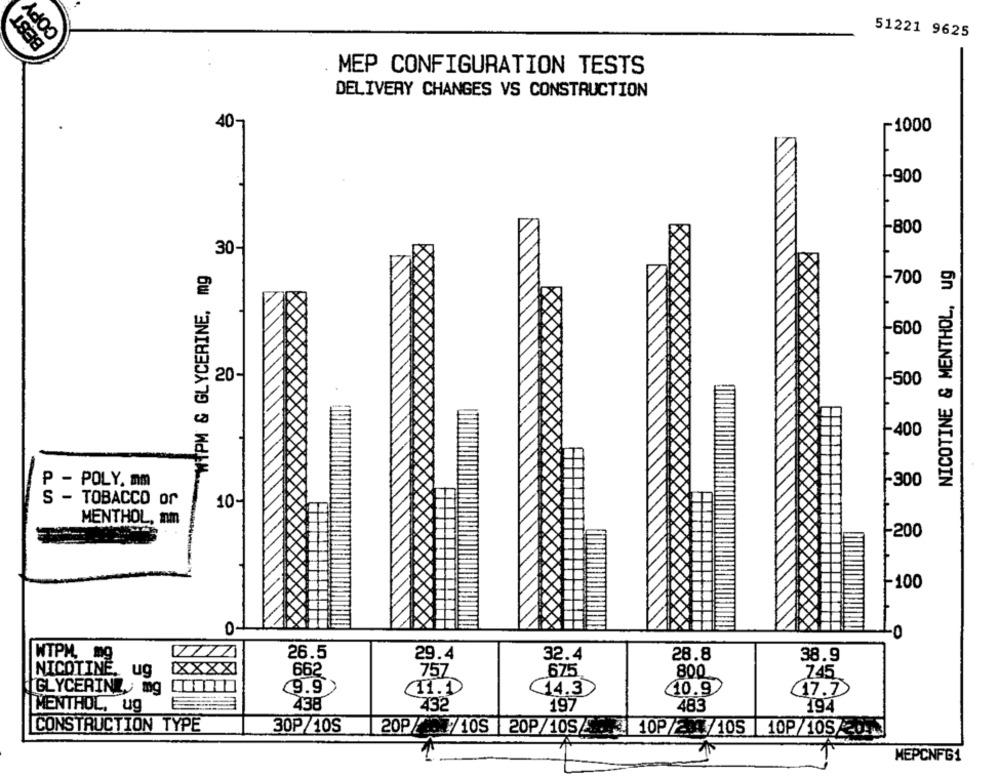
COPY
BEST
51221 9625
MEP CONFIGURATION TESTS
DELIVERY CHANGES VS CONSTRUCTION
40-
-1000
-900
-800
30-
"WIPM & GLYCERINE, mg
NICOTINE & MENTHOL, ug
-700
-600
20-
1-500
-400
P - POLY, mm
-300
S - TOBACCO or
10-
MENTHOL, mm
-200
-100
O
WTPM, mg
26.5
29.4
32.4
28.8
38.9
NICOTINE.
ug
662
757
675
800
745
GLYCERINE, mg
9.9
I.D
14.3
10.9
17.7
438
432
197
483
MENTHOL, ug
194
CONSTRUCTION TYPE
30P/10S
MEPCNFG1